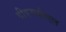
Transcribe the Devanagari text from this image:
वीएचडीएल